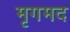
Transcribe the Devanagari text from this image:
मृगमद